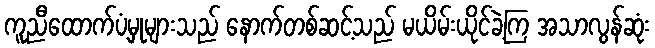
ကူညီထောက်ပံ့မှုများသည် နောက်တစ်ဆင့်သည် မယိမ်းယိုင်ခဲ့ကြ အသာလွန်ဆုံး